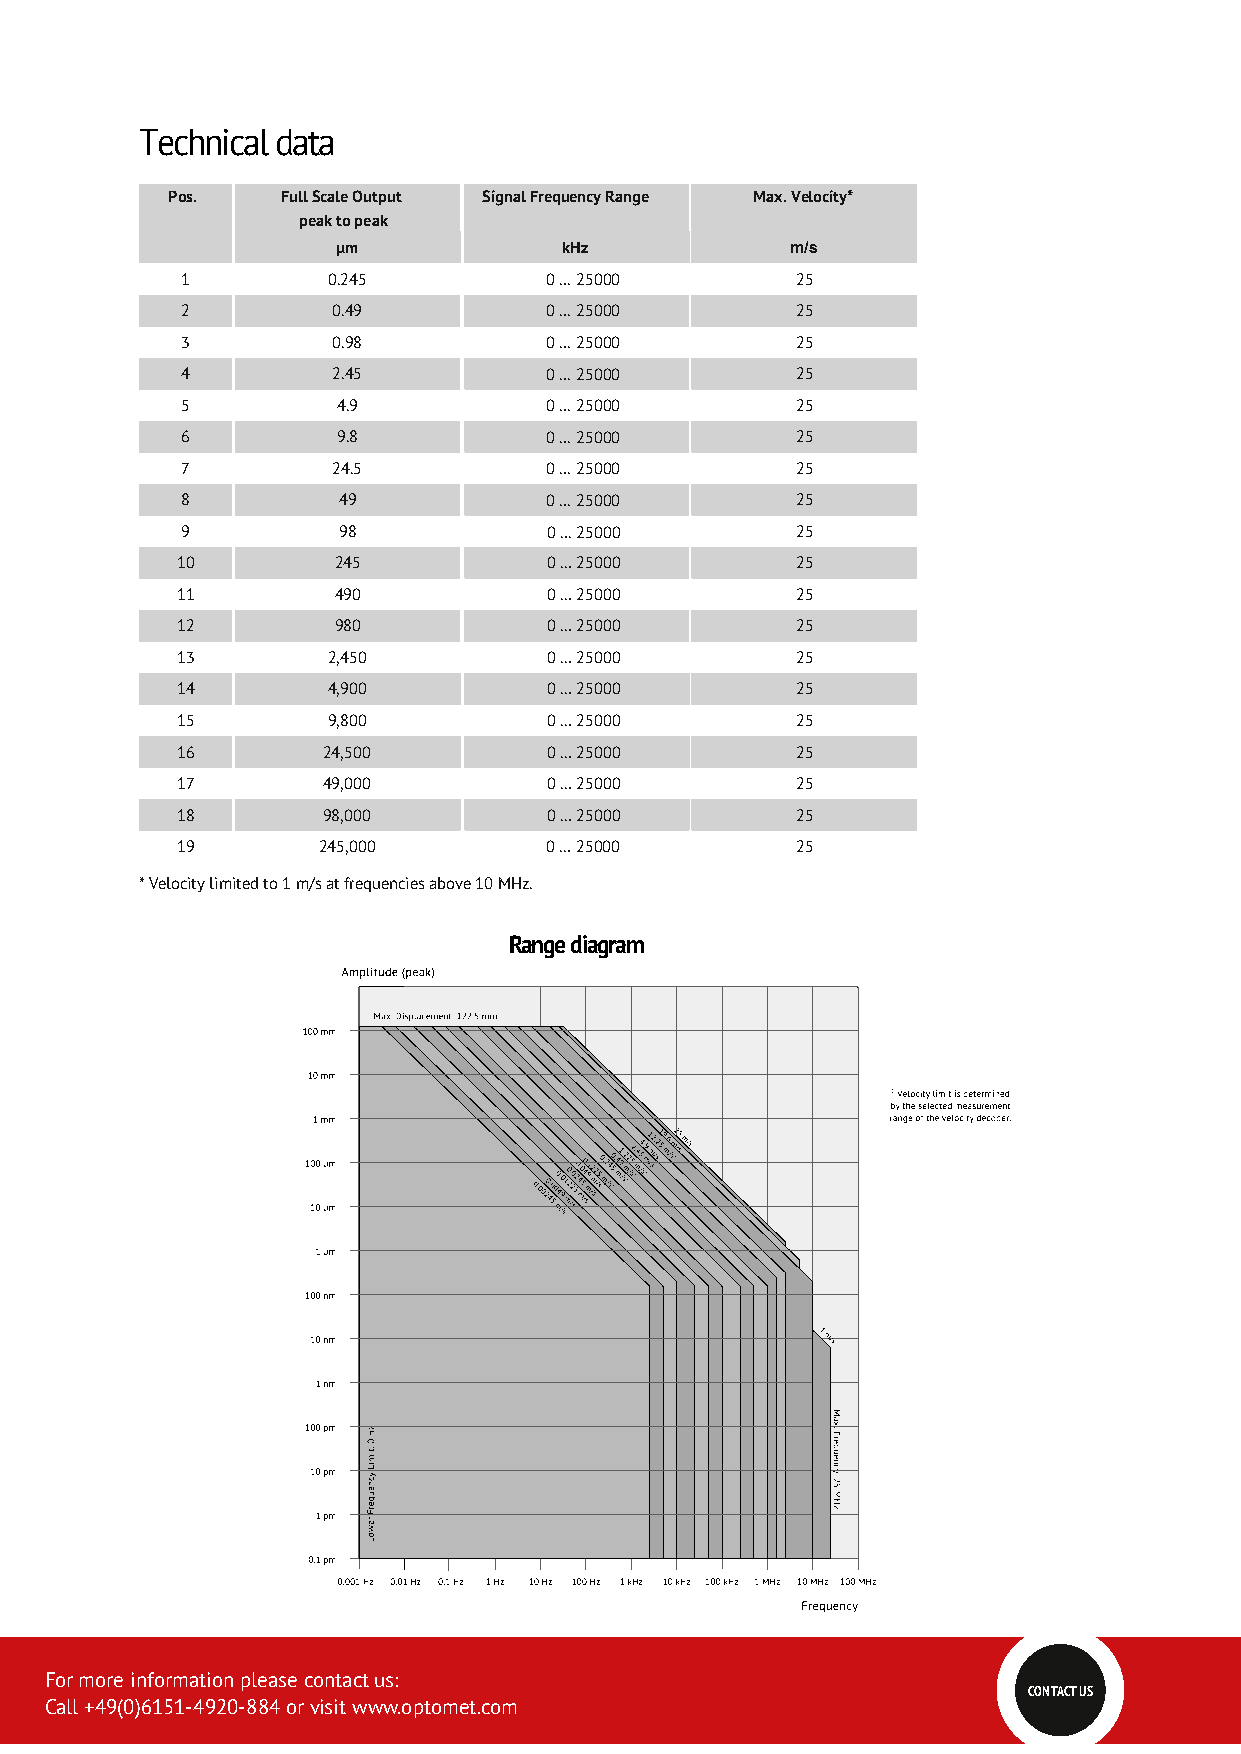
Technical data
 Pos.    Full Scale Output Signal Frequency Range Max. Velocity*
 peak to peak
 µm             kHz            m/s
 1         0.245         0 … 25000        25
 2         0.49          0 … 25000        25
 3         0.98          0 … 25000        25
 4         2.45          0 … 25000        25
 5         4.9           0 … 25000        25
 6         9.8           0 … 25000        25
 7         24.5          0 … 25000        25
 8         49            0 … 25000        25
 9         98            0 … 25000        25
 10        245           0 … 25000        25
 11        490           0 … 25000        25
 12        980           0 … 25000        25
 13        2,450         0 … 25000        25
 14        4,900         0 … 25000        25
 15        9,800         0 … 25000        25
 16       24,500         0 … 25000        25
 17       49,000         0 … 25000        25
 18       98,000         0 … 25000        25
 19       245,000        0 … 25000        25
 * Velocity limited to 1 m/s at frequencies above 10 MHz.
 Range diagram
 For more information please contact us:
 CONTACT US
 Call +49(0)6151-4920-884 or visit www.optomet.com